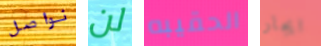
نواصل لن الحقيبه ايجار